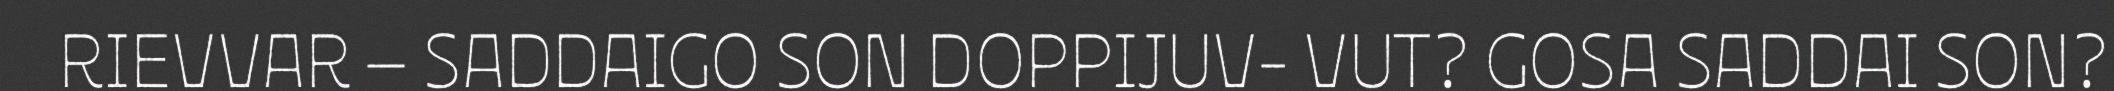
RIEVVAR – SADDAIGO SON DOPPIJUV- VUT? GOSA SADDAI SON?